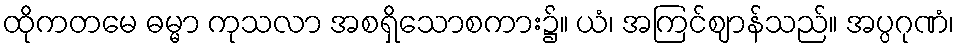
ထိုကတမေ ဓမ္မာ ကုသလာ အစရှိသောစကား၌။ ယံ၊ အကြင်ဈာန်သည်။ အပ္ပဂုဏံ၊